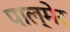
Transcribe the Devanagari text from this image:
पाल्मेर